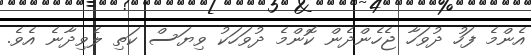
އެންމެ ފަހު ދުވަހާ ޖެހެންދެން ކޮންމެ ދުވަހަކު ވިޔަސް ކަތި ލެވިދާނެ އެވެ.